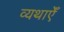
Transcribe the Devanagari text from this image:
व्यथाएँ